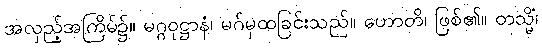
အလှည့်အကြိမ်၌။ မဂ္ဂဝုဋ္ဌာနံ၊ မဂ်မှထခြင်းသည်။ ဟောတိ၊ ဖြစ်၏။ တသ္မိံ၊